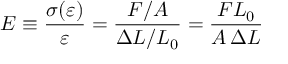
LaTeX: E \equiv { \frac { \sigma ( \varepsilon ) } { \varepsilon } } = { \frac { F / A } { \Delta L / L _ { 0 } } } = { \frac { F L _ { 0 } } { A \, \Delta L } }